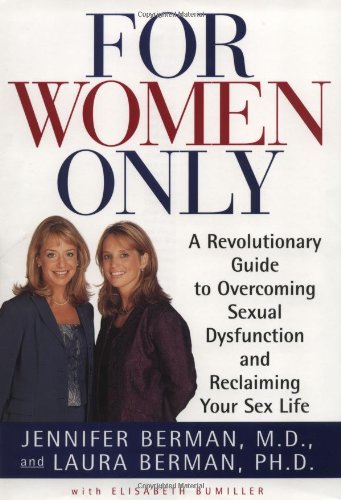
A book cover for For Women Only: A Revolutionary Guide to Reclaiming Your Sex Life; Jennifer Berman; Health, Fitness & Dieting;